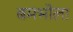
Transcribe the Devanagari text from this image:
बमभोला